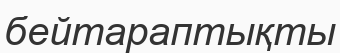
бейтараптықты